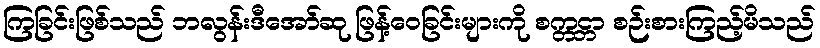
ကြခြင်းဖြစ်သည် ဘလွန်းဒီအော်ဆု ဖြန့်ဝေခြင်းများကို စက္တင္ဘာ စဉ်းစားကြည့်မိသည်